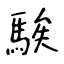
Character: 騃